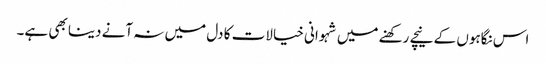
اس نگاہوں کے نیچے رکھنے میں شہوانی خیالات کا دل میں نہ آنے دینا بھی ہے۔